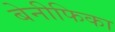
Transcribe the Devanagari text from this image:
बेनीफिका